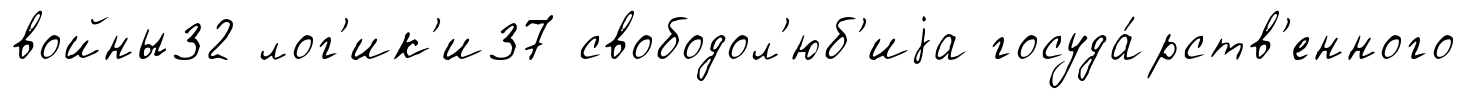
войны32 лог'ик'и37 свободол'юб'иjа госуда́рств'енного